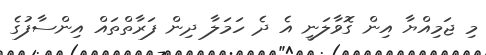
މި ޖަމިއްޔާ އިން ގޮވާލަނީ އެ ދެ ހަމަލާ ދިން ފަރާތްތައް އިންސާފުގެ